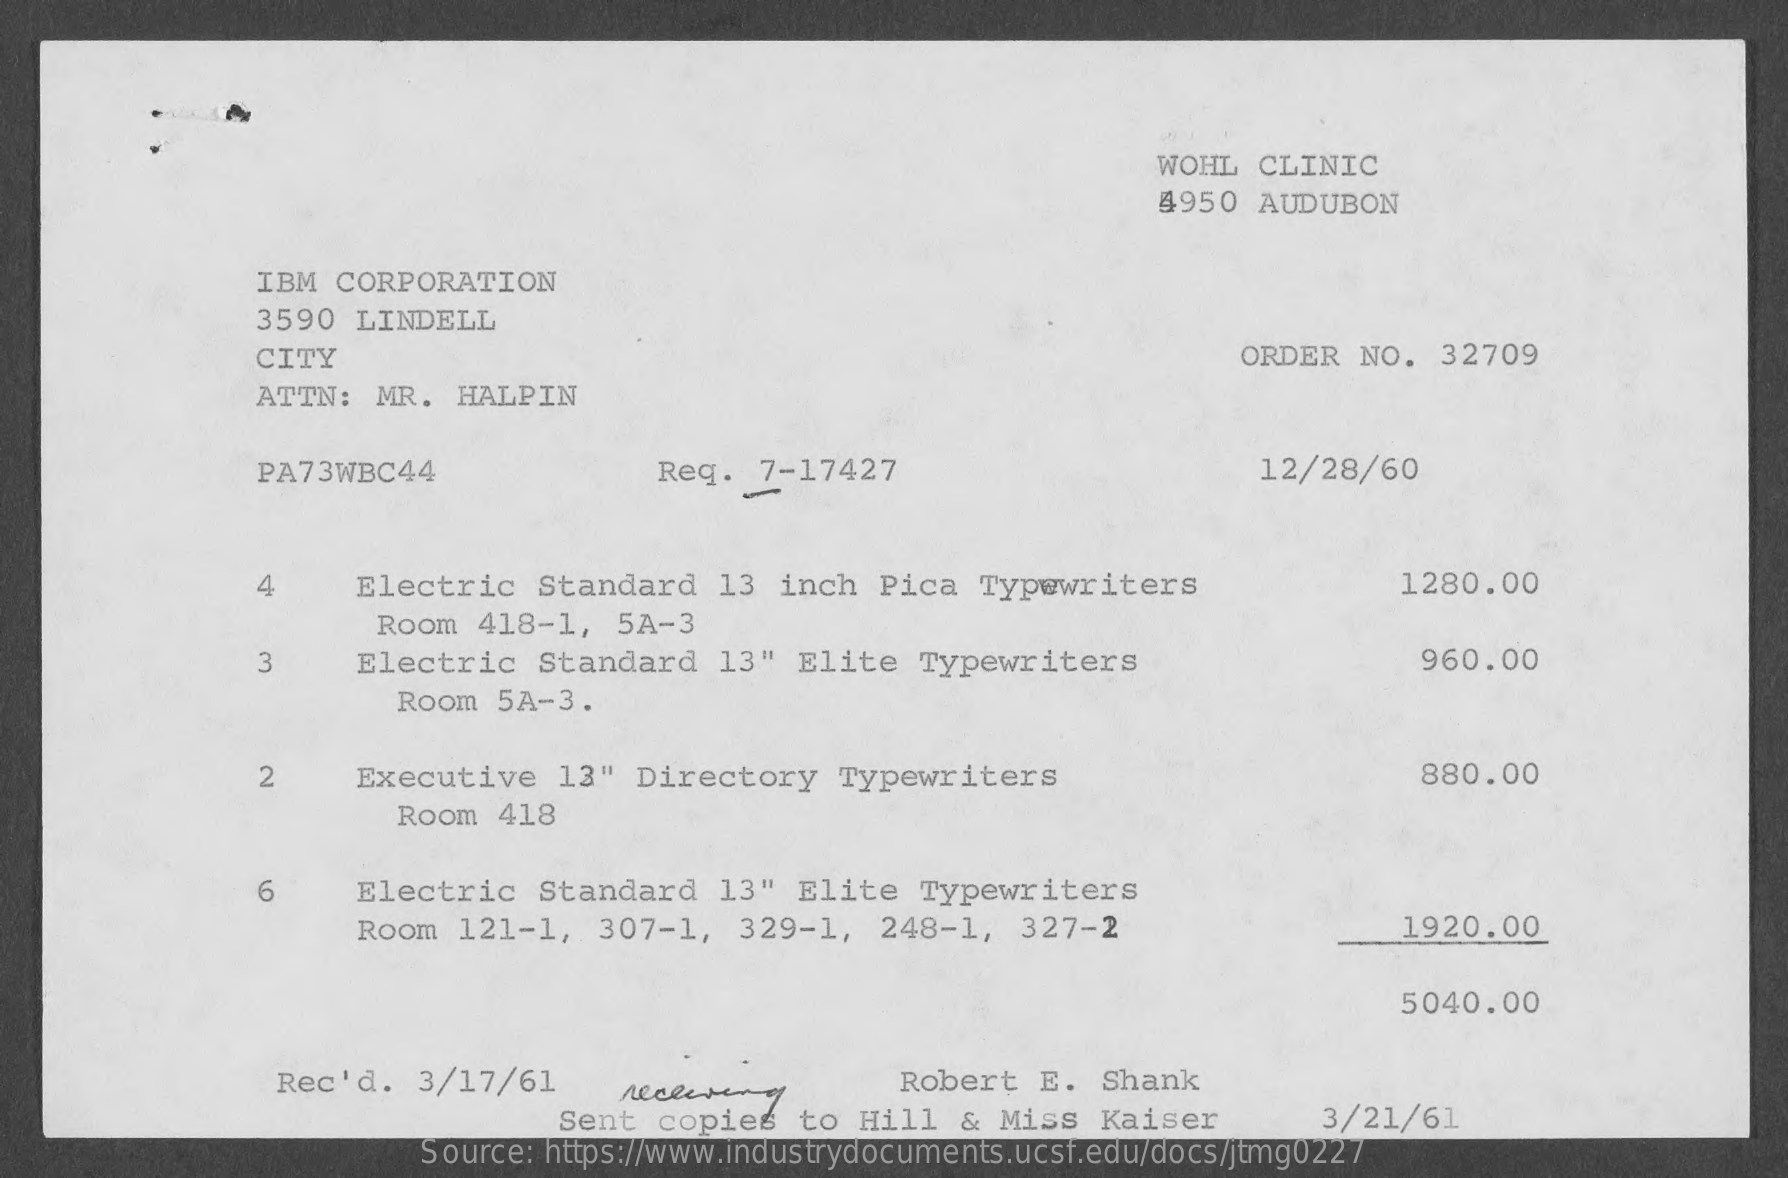
WOHL  CLINIC
     4950  AUDUBON
     IBM  CORPORATION
     3590  LINDELL
     CITY    ORDER  NO.  32709
     ATTN:  MR.   HALPIN
     PA73WBC44    Req.   7-17427    12/28/60
     4    Electric   Standard   13  inch  Pica  Typewriters    1280.00
     Room  418-1,   5A-3
     3    Electric    Standard   13"  Elite   Typewriters    960.00
     Room  5A-3.
     2    Executive   13"  Directory    Typewriters    880.00
     Room  418
     6    Electric   Standard   13"  Elite   Typewriters
     Room  121-1,   307-1,  329-1,   248-1,   327-2    1920.00
     5040.00
     Rec'd.  3/17/61    receiving    Robert  E.  Shank
     Sent  copies   to  Hill  &  Miss  Kaiser    3/21/61
     Source: https://www.industrydocuments.ucsf.edu/docs/jtmg0227